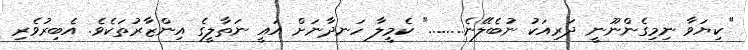
"ކިޔަވާ ނިމިގެންނޫނީ ދަރިއަކު ނުބެލޭނެ........" ކެމީލާ ހަނދާނަށް އައީ ނަތާލީގެ އިންޒާރުތަކެވެ. އެބިރުވެރި